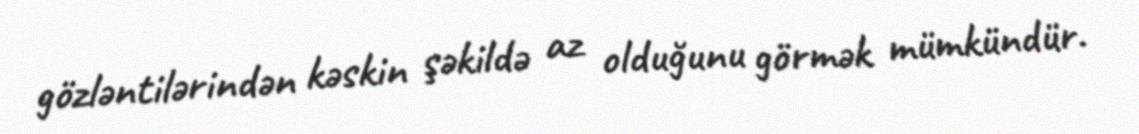
gözləntilərindən kəskin şəkildə az olduğunu görmək mümkündür.